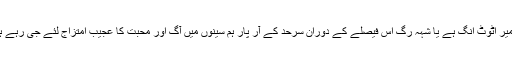
کشمیر اٹوٹ انگ ہے یا شہہ رگ اس فیصلے کے دوران سرحد کے آر پار ہم سینوں میں آگ اور محبت کا عجیب امتزاج لئے جی رہے ہیں۔